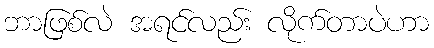
ဘာဖြစ်လဲ အရင်လည်း လိုက်တာပဲဟာ